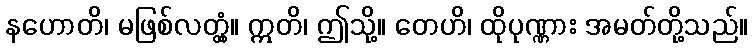
နဟောတိ၊ မဖြစ်လတ္တံ့။ ဣတိ၊ ဤသို့။ တေဟိ၊ ထိုပုဏ္ဏား အမတ်တို့သည်။